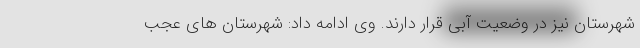
شهرستان نیز در وضعیت آبی قرار دارند. وی ادامه داد: شهرستان های عجب